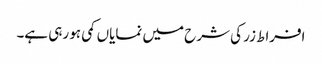
افراط زر کی شرح میں نمایاں کمی ہو رہی ہے۔